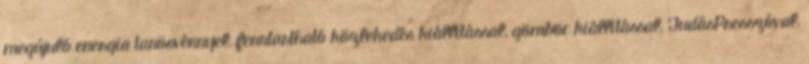
megújuló energia tanösvénnyel, fenntartható közlekedés kiállítással, gömböc kiállítással, TudásPresszóval,